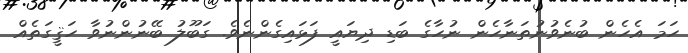
ހަމަ އެހެން ބުނެވުނުތަނާހެން ނުހާގެ ބަޑި ދިޔައީ ފަޅައިގެންނެވެ. ގަބޫލު ބޭނުންނުވާ ހަޤީގަތެއް